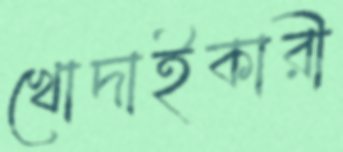
খোদাইকারী